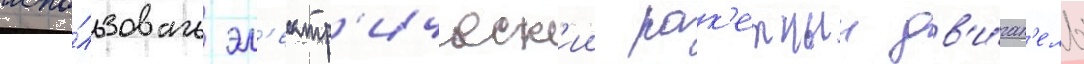
испо́льзовать эл'ектр'ическ'ии рак'етныи дв'и́гат'ель